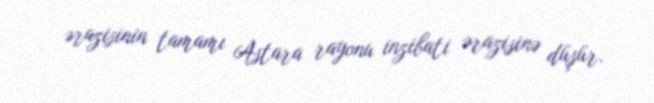
ərazisinin tamamı Astara rayonu inzibati ərazisinə düşür.